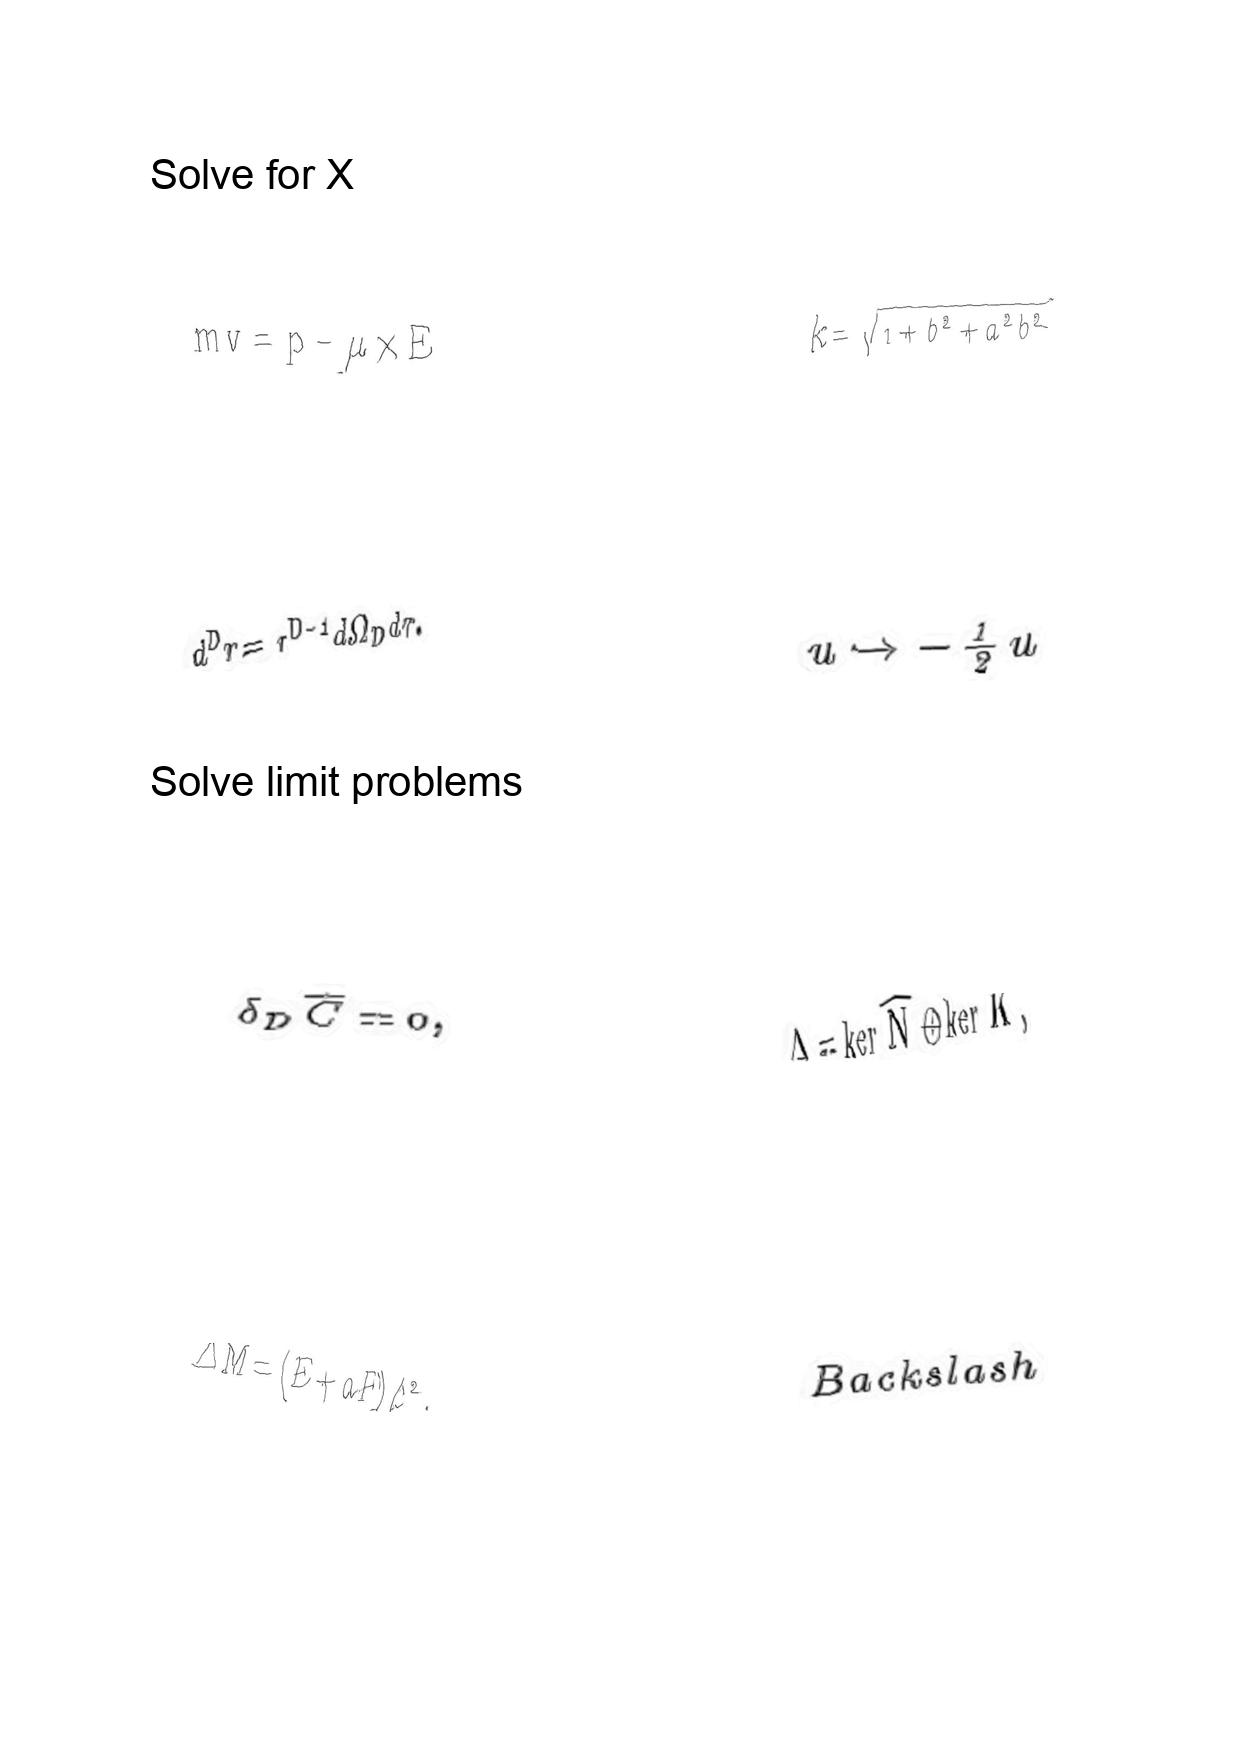
LaTeX transcription:
m v = p - \mu \times E
d ^ { D } r = r ^ { D - 1 } d \Omega _ { D } d r .
\delta _ { D } \overline { C } = 0 ,
\Delta M = \lparen E + a F \rparen / c ^ { 2 } ,
k = \sqrt { 1 + b ^ { 2 } + a ^ { 2 } b ^ { 2 } }
u \rightarrow - \frac { 1 } { 2 } u
\Delta = \ker \hat { N } \oplus \ker \hat { K } ,
B a c k s l a s h